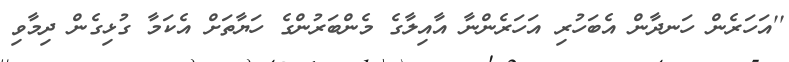
''އަހަރެން ހަނދާން އެބަހުރި އަހަރެންނާ އާއިލާގެ މެންބަރުންގެ ހަޔާތަށް އެކަމާ ގުޅިގެން ދިމާވި